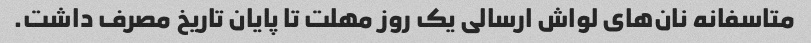
متاسفانه نان‌های لواش ارسالی یک روز مهلت تا پایان تاریخ مصرف داشت.